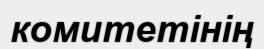
комитетінің